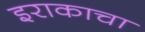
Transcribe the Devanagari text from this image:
इराकाचा